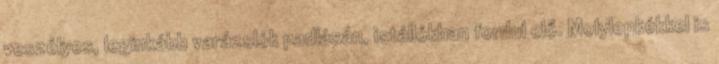
veszélyes, leginkább varázslók padlásán, istállókban fordul elő. Molylepkékkel is